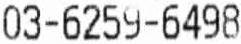
03-6259-6498